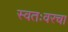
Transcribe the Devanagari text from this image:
स्वतःवरचा